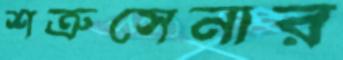
শত্রুসেনার